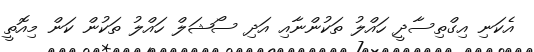
އެކަނި އިގްތިސާދީ ހައްލު ތަކުންނާއި އަދި ސޯޝަލް ހައްލު ތަކުން ކަން މިއޮތީ